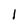
Character: l